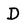
Character: D